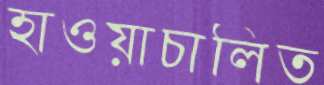
হাওয়াচালিত